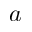
a